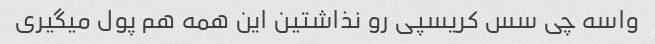
واسه چی سس کریسپی رو نذاشتین این همه هم پول میگیری